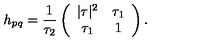
h _ { p q } = \frac { 1 } { \tau _ { 2 } } \left( \begin{array} { c c } { | \tau | ^ { 2 } } & { \tau _ { 1 } } \\ { \tau _ { 1 } } & { 1 } \\ \end{array} \right) .